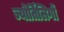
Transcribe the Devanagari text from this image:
ज्योर्तिलिगों